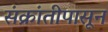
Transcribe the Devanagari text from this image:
संक्रांतीपासून